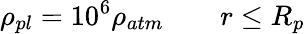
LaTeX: \rho_{{pl}}=10^{6}\rho_{{atm}}\qquad r\leq{R_{p}}